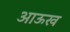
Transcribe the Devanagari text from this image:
आऊख